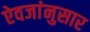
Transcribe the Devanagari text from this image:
ऐवजांनुसार